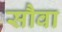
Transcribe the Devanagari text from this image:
सौवा